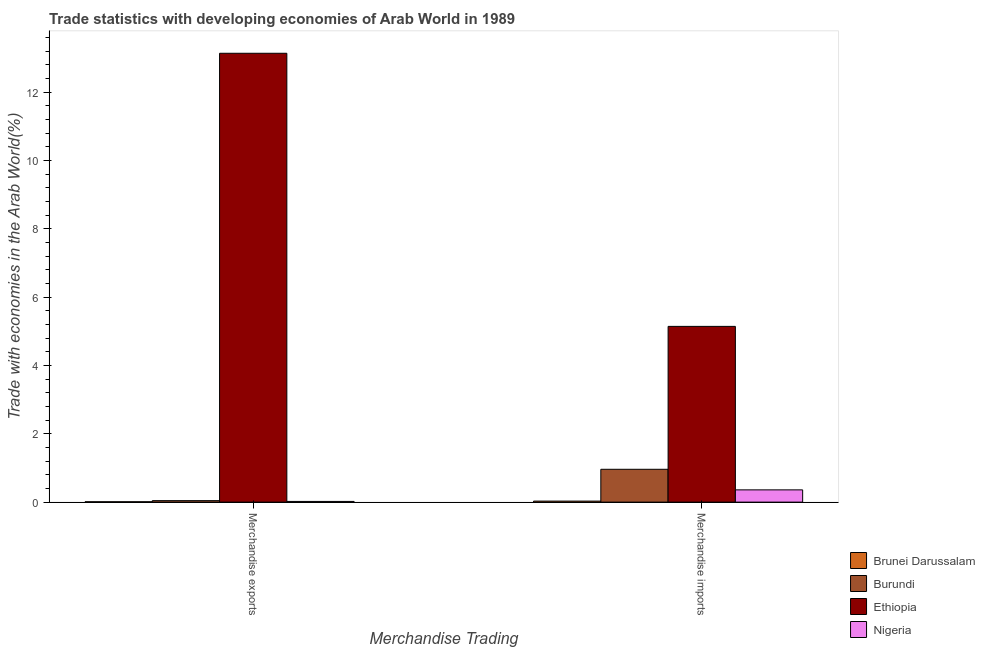
| Merchandise Trading | Brunei Darussalam | Burundi | Ethiopia | Nigeria |
 | --- | --- | --- | --- | --- |
 | Merchandise exports | 0.0109 | 0.0431 | 13.1 | 0.0205 |
 | Merchandise imports | 0.0299 | 0.961 | 5.14 | 0.359 |